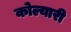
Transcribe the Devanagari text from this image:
कोल्यारी